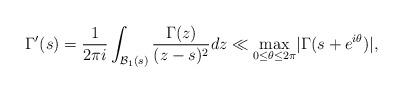
LaTeX: \begin{align*} \Gamma'(s) = \frac{1}{2\pi i} \int_{\mathcal{B}_1(s)} \frac{\Gamma(z)}{(z - s)^2}dz \ll \max_{0 \leq \theta \leq 2\pi} \lvert \Gamma(s + e^{i \theta}) \rvert,\end{align*}